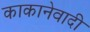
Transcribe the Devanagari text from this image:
काकानेवादी